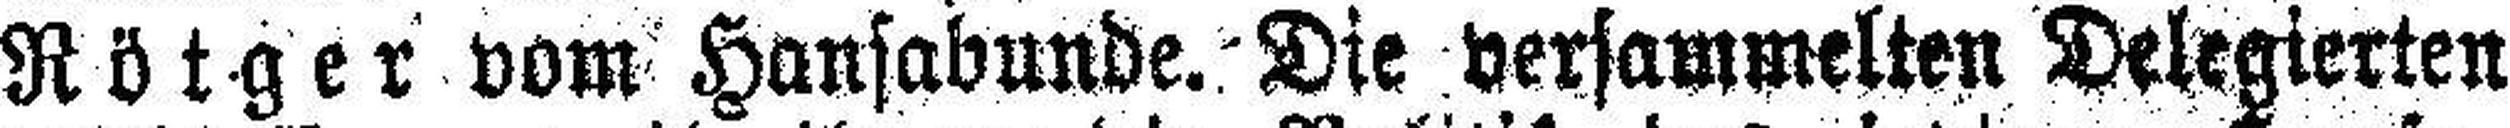
Rötger vom Hansabunde. Die versammelten Delegierten